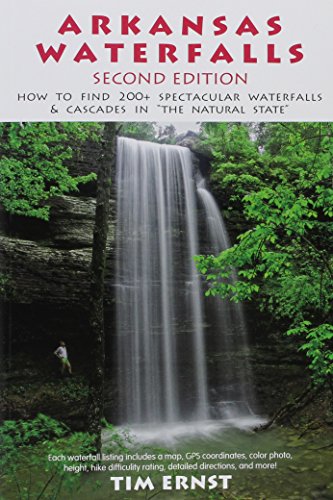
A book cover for Arkansas Waterfalls Guidebook: How to Find 133 Spectacular Waterfalls & Cascades in "The Natural State"; Tim Ernst; Sports & Outdoors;